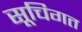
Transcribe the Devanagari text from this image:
सूचिगत